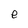
Character: e